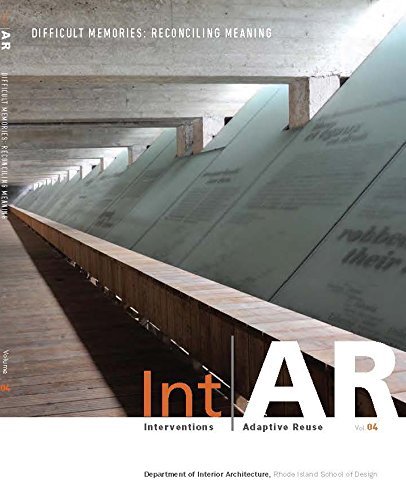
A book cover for IntAR, Interventions and Adaptive Reuse, Difficult Memories:Reconciling Meaning, Vol. 4; Aizenstark; Arts & Photography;